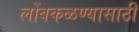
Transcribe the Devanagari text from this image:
लोंबकळण्यासाठी